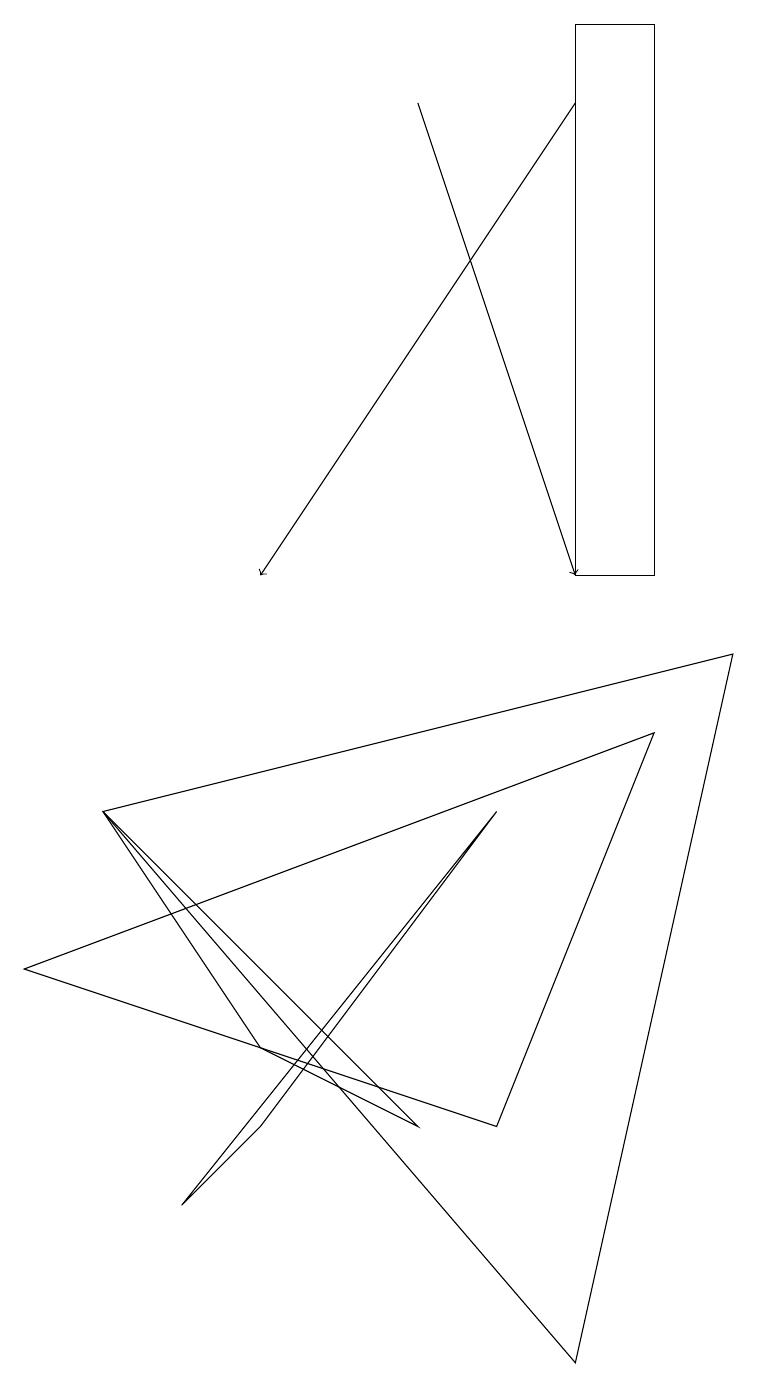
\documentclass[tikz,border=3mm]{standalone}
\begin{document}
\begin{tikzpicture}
\draw (7,0) -- (9,9) -- (1,7) -- cycle;
\draw (7,17) rectangle (8,10);
\draw[->] (5,16) -- (7,10);
\draw (1,7) -- (5,3) -- (3,4) -- cycle;
\draw (6,7) -- (3,3) -- (2,2) -- cycle;
\draw (0,5) -- (6,3) -- (8,8) -- cycle;
\draw[->] (7,16) -- (3,10);
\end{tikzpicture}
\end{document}